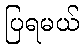
ပြရမယ်